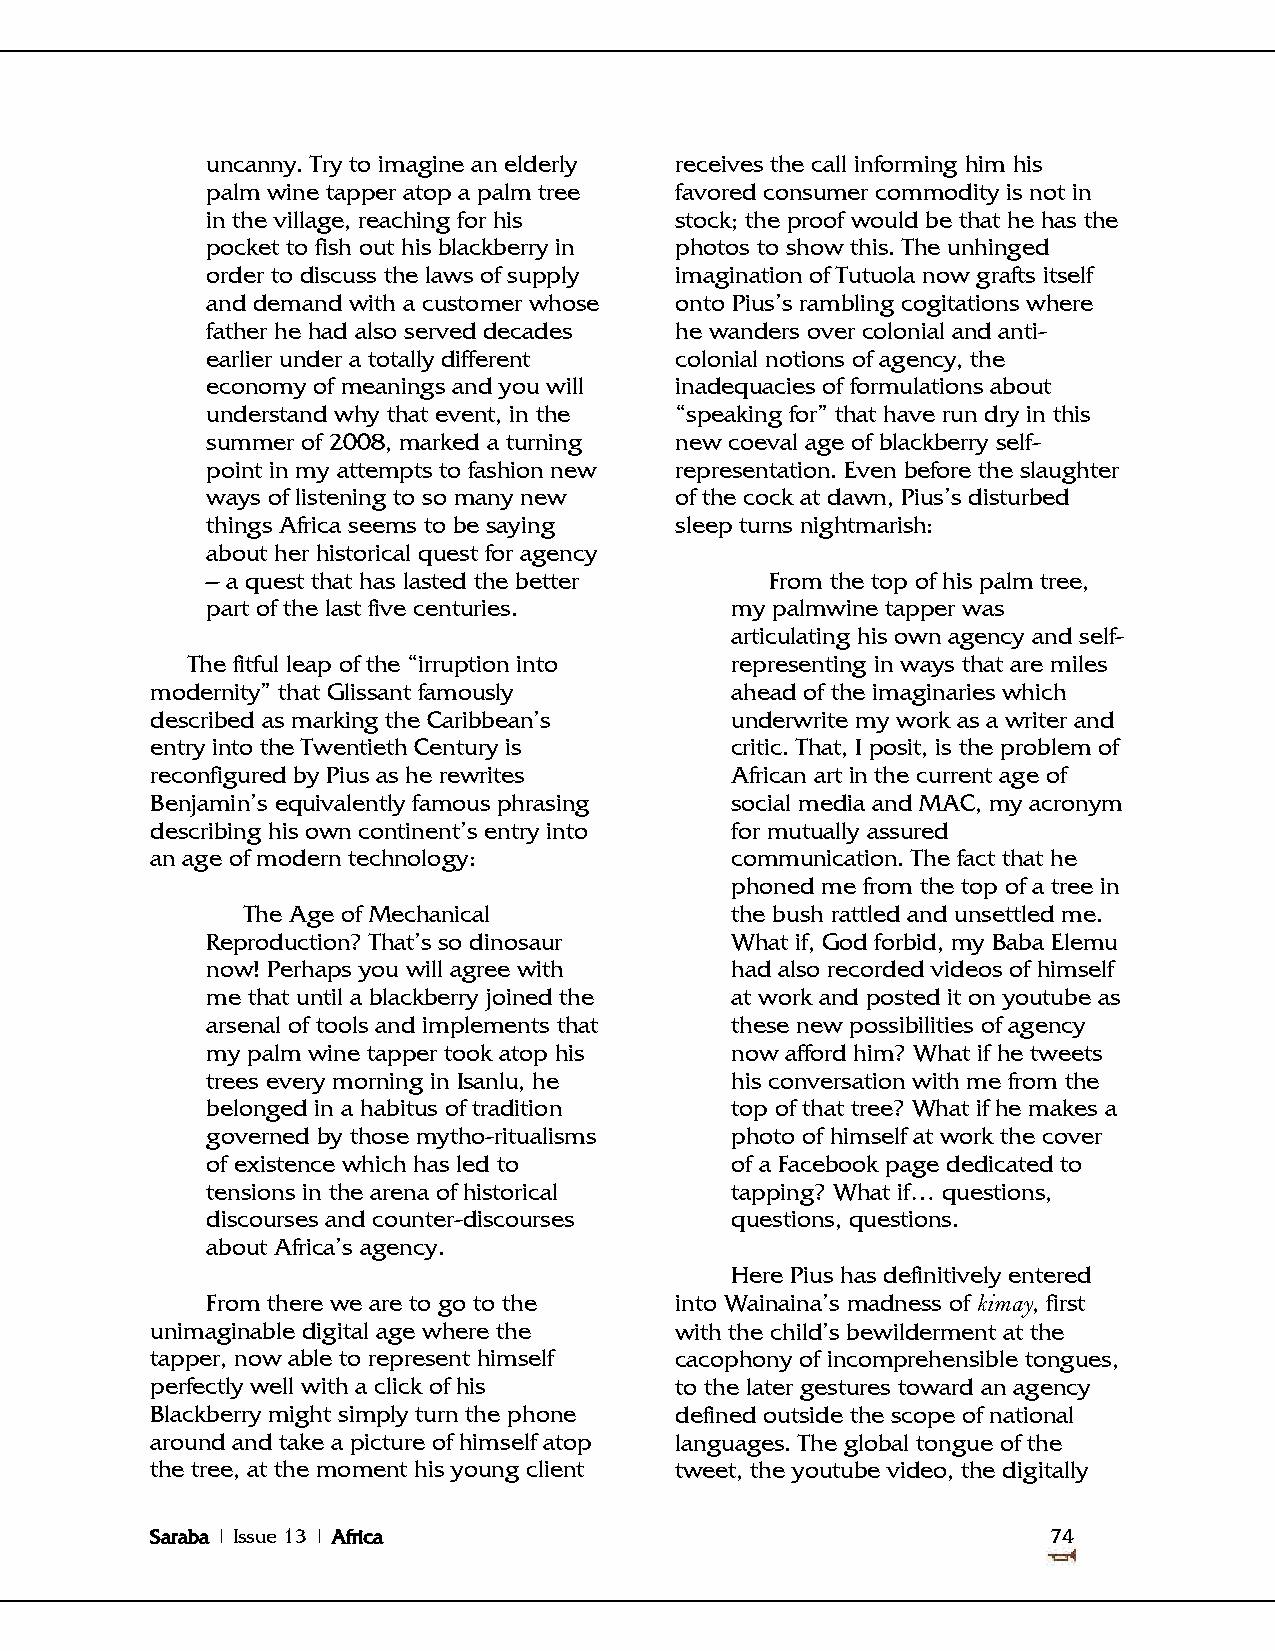
uncanny. Try to imagine an elderly receives the call informing him his
 palm wine tapper atop a palm tree favored consumer commodity is not in
 in the village, reaching for his stock; the proof would be that he has the
 pocket to fish out his blackberry in photos to show this. The unhinged
 order to discuss the laws of supply imagination of Tutuola now grafts itself
 and demand with a customer whose onto Pius‘s rambling cogitations where
 father he had also served decades he wanders over colonial and anti-
 earlier under a totally different colonial notions of agency, the
 economy of meanings and you will inadequacies of formulations about
 understand why that event, in the ―speaking for‖ that have run dry in this
 summer of 2008, marked a turning new coeval age of blackberry self-
 point in my attempts to fashion new representation. Even before the slaughter
 ways of listening to so many new of the cock at dawn, Pius‘s disturbed
 things Africa seems to be saying sleep turns nightmarish:
 about her historical quest for agency
 – a quest that has lasted the better From the top of his palm tree,
 part of the last five centuries.  my palmwine tapper was
 articulating his own agency and self-
 The fitful leap of the ―irruption into representing in ways that are miles
 modernity‖ that Glissant famously     ahead of the imaginaries which
 described as marking the Caribbean‘s  underwrite my work as a writer and
 entry into the Twentieth Century is   critic. That, I posit, is the problem of
 reconfigured by Pius as he rewrites   African art in the current age of
 Benjamin‘s equivalently famous phrasing social media and MAC, my acronym
 describing his own continent‘s entry into for mutually assured
 an age of modern technology:          communication. The fact that he
 phoned me from the top of a tree in
 The Age of Mechanical           the bush rattled and unsettled me.
 Reproduction? That‘s so dinosaur  What if, God forbid, my Baba Elemu
 now! Perhaps you will agree with  had also recorded videos of himself
 me that until a blackberry joined the at work and posted it on youtube as
 arsenal of tools and implements that these new possibilities of agency
 my palm wine tapper took atop his now afford him? What if he tweets
 trees every morning in Isanlu, he his conversation with me from the
 belonged in a habitus of tradition top of that tree? What if he makes a
 governed by those mytho-ritualisms photo of himself at work the cover
 of existence which has led to     of a Facebook page dedicated to
 tensions in the arena of historical tapping? What if… questions,
 discourses and counter-discourses questions, questions.
 about Africa‘s agency.
 Here Pius has definitively entered
 From there we are to go to the into Wainaina‘s madness of kimay, first
 unimaginable digital age where the with the child‘s bewilderment at the
 tapper, now able to represent himself cacophony of incomprehensible tongues,
 perfectly well with a click of his to the later gestures toward an agency
 Blackberry might simply turn the phone defined outside the scope of national
 around and take a picture of himself atop languages. The global tongue of the
 the tree, at the moment his young client tweet, the youtube video, the digitally
 Saraba | Issue 13 | Africa                                  74